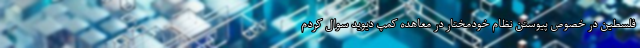
فلسطین در خصوص پیوستن نظام خودمختار در معاهده کمپ دیوید سوال کردم